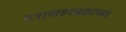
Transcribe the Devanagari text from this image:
दशसहस्त्रकांच्या